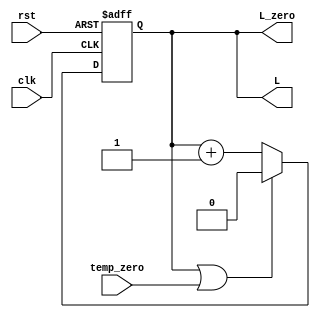
module L_counter(L,L_zero,clk,rst,temp_zero);
output reg  L;
output wire L_zero;
input clk,rst,temp_zero;
always @ (posedge clk or negedge rst)
	begin
		if (! rst ) 
			begin L<=0;  end
		else if ((L)||temp_zero)
			begin L<=0;   end
		else 
			begin L<=L+1'b1;  end 
	end
assign L_zero=L  ;

endmodule